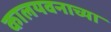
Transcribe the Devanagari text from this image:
कालयवनाच्या